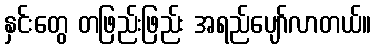
နှင်းတွေ တဖြည်းဖြည်း အရည်ပျော်လာတယ်။